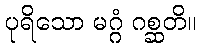
ပုရိသော မဂ္ဂံ ဂစ္ဆတိ။